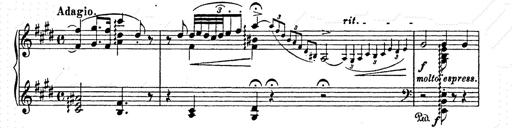
Title: AnnÃ©es de pÃ¨lerinage II
Composer: Franz Liszt